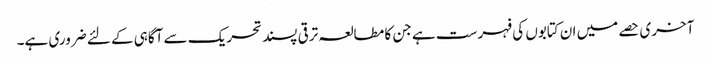
آخری حصے میں ان کتابوں کی فہرست ہے جن کا مطالعہ ترقی پسند تحریک سے آگاہی کے لئے ضروری ہے۔